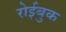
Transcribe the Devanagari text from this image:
रोईबुक